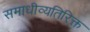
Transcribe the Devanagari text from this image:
समाधीव्यतिरिक्त